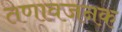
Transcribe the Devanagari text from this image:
तणावजनक